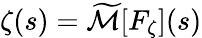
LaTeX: \zeta(s)={\widetilde{\mathcal{M}}}[F_{\zeta}](s)